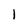
Character: l